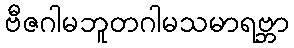
ဗီဇဂါမဘူတဂါမသမာရဗ္ဘာ